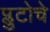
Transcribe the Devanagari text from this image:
प्लुटोचे